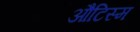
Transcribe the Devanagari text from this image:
औटिस्म